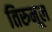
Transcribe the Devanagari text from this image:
तिरुमूल